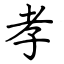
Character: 孝